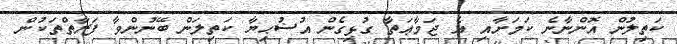
ކަތިލުން އޮންނާނެ ކަމަށާއި އެ ޖަމާޢަތާ ގުޅިގެން އުޟުޙިޔާ ކަތިލަން ބޭނުންވާ ފަރާތްތަކުން